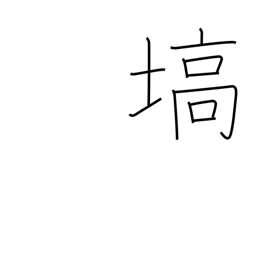
Meaning: projecting tableland or mountain